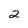
Character: 2